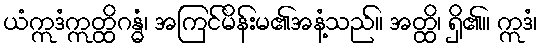
ယံဣဒံဣတ္ထိဂန္ဓံ၊ အကြင်မိန်းမ၏အနံ့သည်။ အတ္ထိ၊ ရှိ၏။ ဣဒံ၊